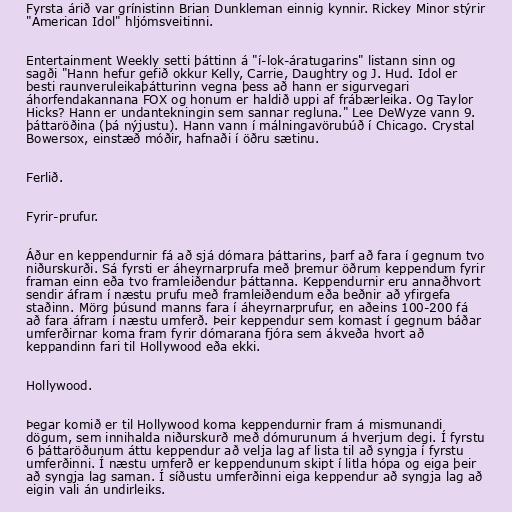
Fyrsta árið var grínistinn Brian Dunkleman einnig kynnir. Rickey Minor stýrir
"American Idol" hljómsveitinni.

Entertainment Weekly setti þáttinn á "í-lok-áratugarins" listann sinn og
sagði "Hann hefur gefið okkur Kelly, Carrie, Daughtry og J. Hud. Idol er
besti raunveruleikaþátturinn vegna þess að hann er sigurvegari
áhorfendakannana FOX og honum er haldið uppi af frábærleika. Og Taylor
Hicks? Hann er undantekningin sem sannar regluna." Lee DeWyze vann 9.
þáttaröðina (þá nýjustu). Hann vann í málningavörubúð í Chicago. Crystal
Bowersox, einstæð móðir, hafnaði í öðru sætinu.

Ferlið.

Fyrir-prufur.

Áður en keppendurnir fá að sjá dómara þáttarins, þarf að fara í gegnum tvo
niðurskurði. Sá fyrsti er áheyrnarprufa með þremur öðrum keppendum fyrir
framan einn eða tvo framleiðendur þáttanna. Keppendurnir eru annaðhvort
sendir áfram í næstu prufu með framleiðendum eða beðnir að yfirgefa
staðinn. Mörg þúsund manns fara í áheyrnarprufur, en aðeins 100-200 fá
að fara áfram í næstu umferð. Þeir keppendur sem komast í gegnum báðar
umferðirnar koma fram fyrir dómarana fjóra sem ákveða hvort að
keppandinn fari til Hollywood eða ekki.

Hollywood.

Þegar komið er til Hollywood koma keppendurnir fram á mismunandi
dögum, sem innihalda niðurskurð með dómurunum á hverjum degi. Í fyrstu
6 þáttaröðunum áttu keppendur að velja lag af lista til að syngja í fyrstu
umferðinni. Í næstu umferð er keppendunum skipt í litla hópa og eiga þeir
að syngja lag saman. Í síðustu umferðinni eiga keppendur að syngja lag að
eigin vali án undirleiks.